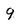
Character: 9